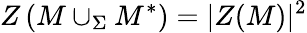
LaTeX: Z\left(M\cup_{\Sigma}M^{*}\right)=|Z(M)|^{2}